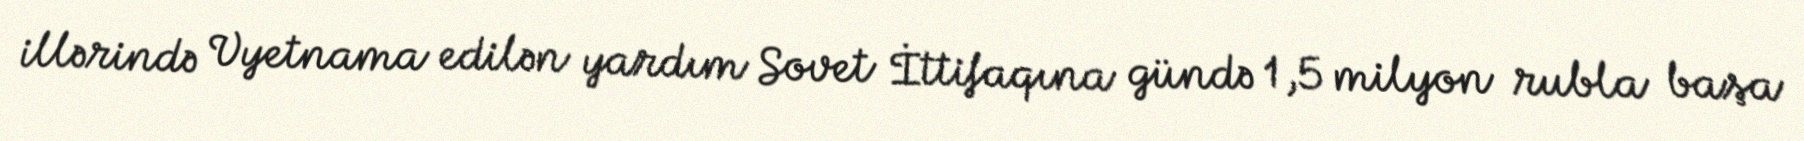
illərində Vyetnama edilən yardım Sovet İttifaqına gündə 1,5 milyon rubla başa